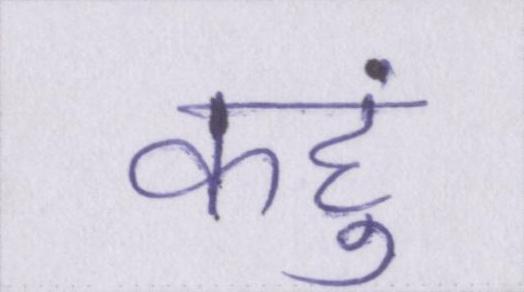
कहुं